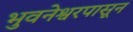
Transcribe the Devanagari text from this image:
भुवनेश्वरपासून